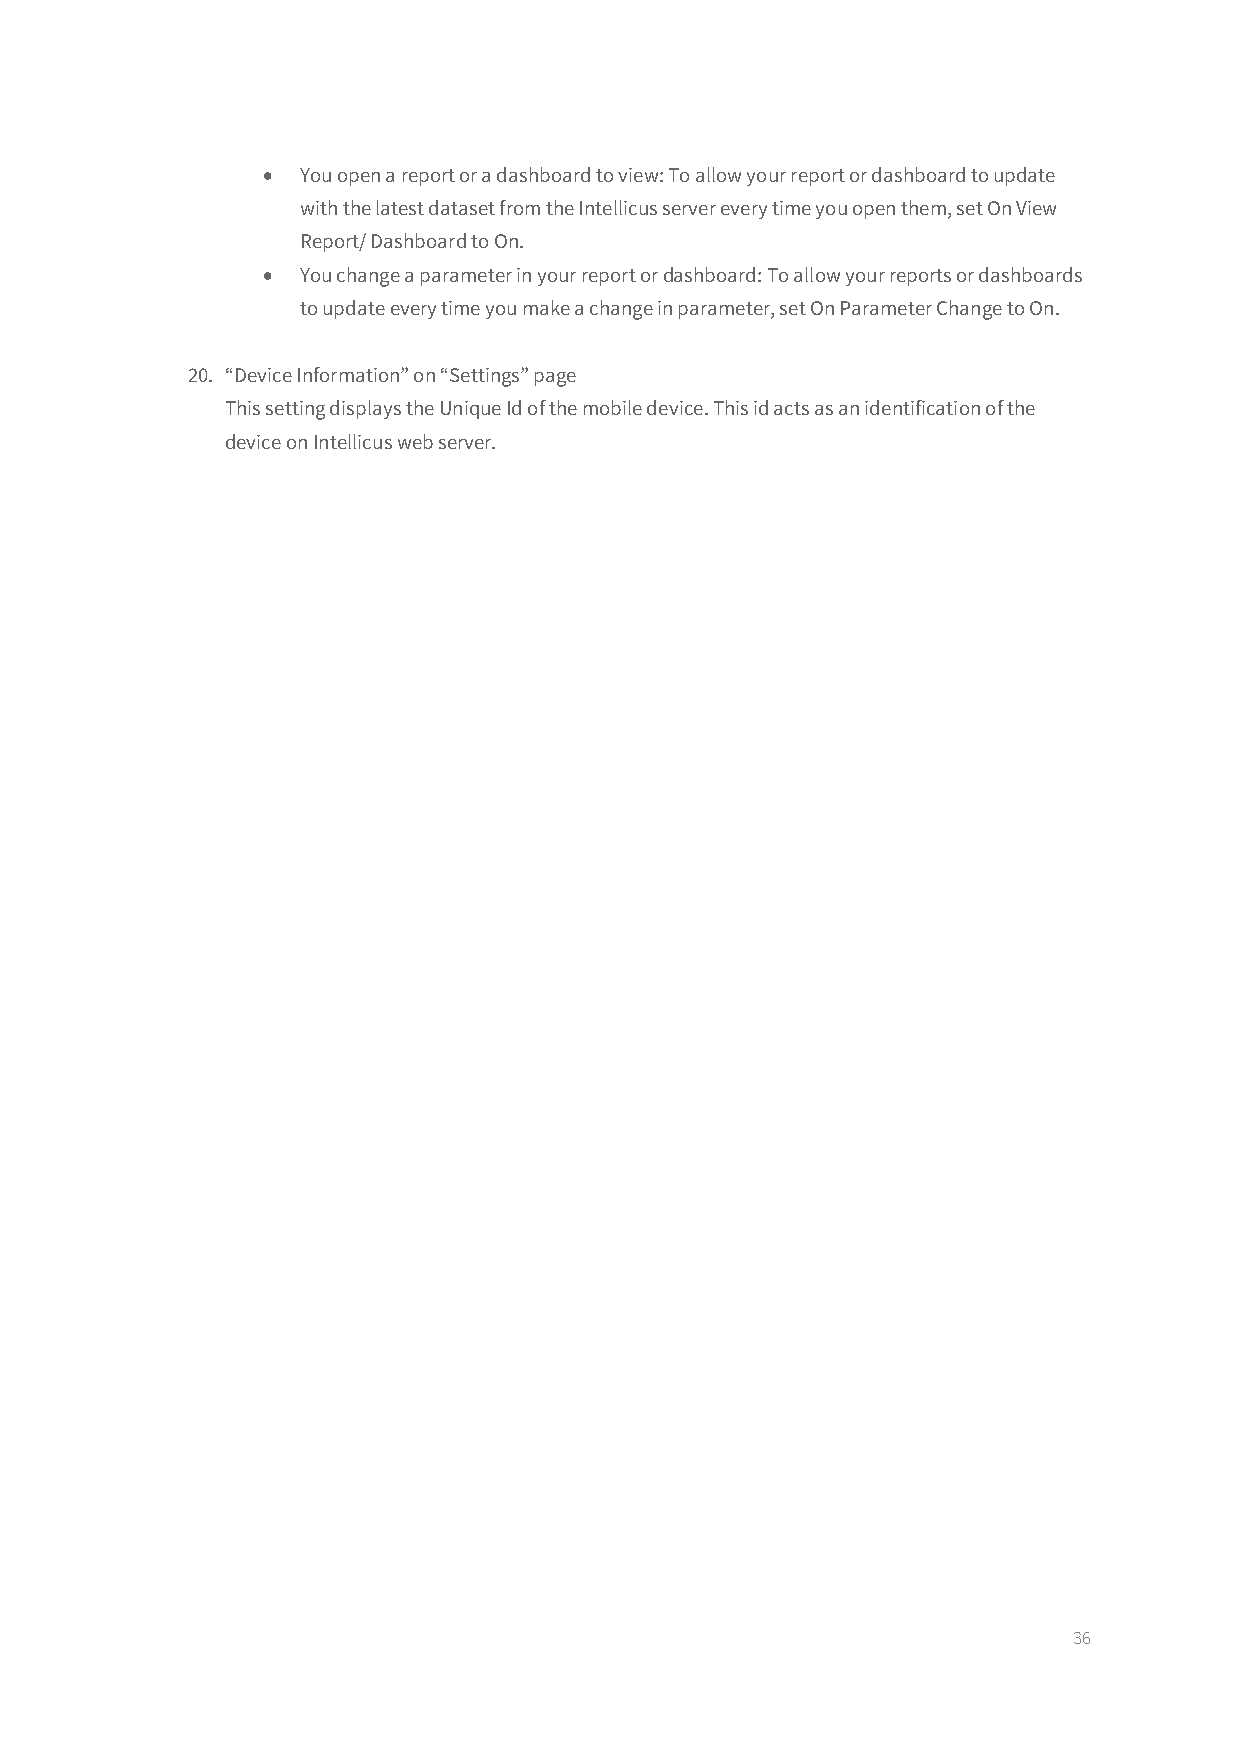
•  You open a report or a dashboard to view: To allow your report or dashboard to update
 with the latest dataset from the Intellicus server every time you open them, set On View
 Report/ Dashboard to On.
 •  You change a parameter in your report or dashboard: To allow your reports or dashboards
 to update every time you make a change in parameter, set On Parameter Change to On.
 20. “Device Information” on “Settings” page
 This setting displays the Unique Id of the mobile device. This id acts as an identification of the
 device on Intellicus web server.
 36